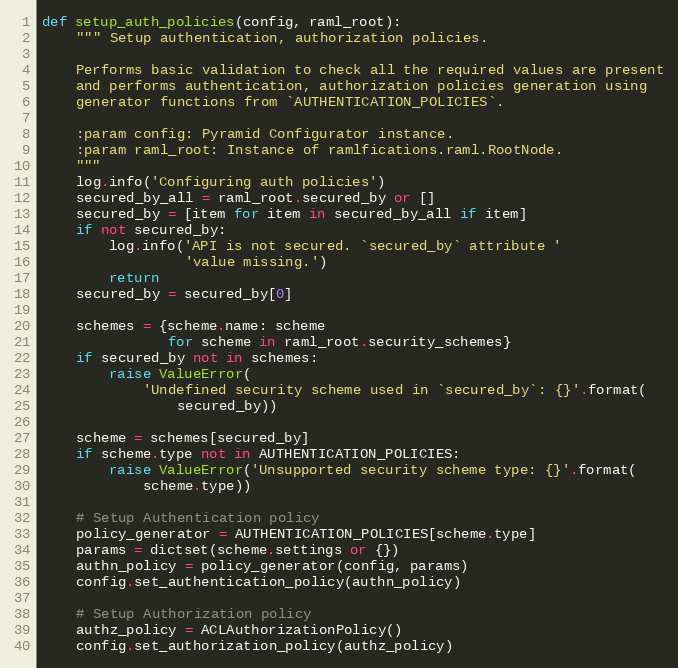
Language: Python
def setup_auth_policies(config, raml_root):
    """ Setup authentication, authorization policies.

    Performs basic validation to check all the required values are present
    and performs authentication, authorization policies generation using
    generator functions from `AUTHENTICATION_POLICIES`.

    :param config: Pyramid Configurator instance.
    :param raml_root: Instance of ramlfications.raml.RootNode.
    """
    log.info('Configuring auth policies')
    secured_by_all = raml_root.secured_by or []
    secured_by = [item for item in secured_by_all if item]
    if not secured_by:
        log.info('API is not secured. `secured_by` attribute '
                 'value missing.')
        return
    secured_by = secured_by[0]

    schemes = {scheme.name: scheme
               for scheme in raml_root.security_schemes}
    if secured_by not in schemes:
        raise ValueError(
            'Undefined security scheme used in `secured_by`: {}'.format(
                secured_by))

    scheme = schemes[secured_by]
    if scheme.type not in AUTHENTICATION_POLICIES:
        raise ValueError('Unsupported security scheme type: {}'.format(
            scheme.type))

    # Setup Authentication policy
    policy_generator = AUTHENTICATION_POLICIES[scheme.type]
    params = dictset(scheme.settings or {})
    authn_policy = policy_generator(config, params)
    config.set_authentication_policy(authn_policy)

    # Setup Authorization policy
    authz_policy = ACLAuthorizationPolicy()
    config.set_authorization_policy(authz_policy)